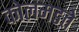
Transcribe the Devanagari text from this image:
कोलमडते